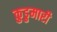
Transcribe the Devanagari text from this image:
कुडुमारी